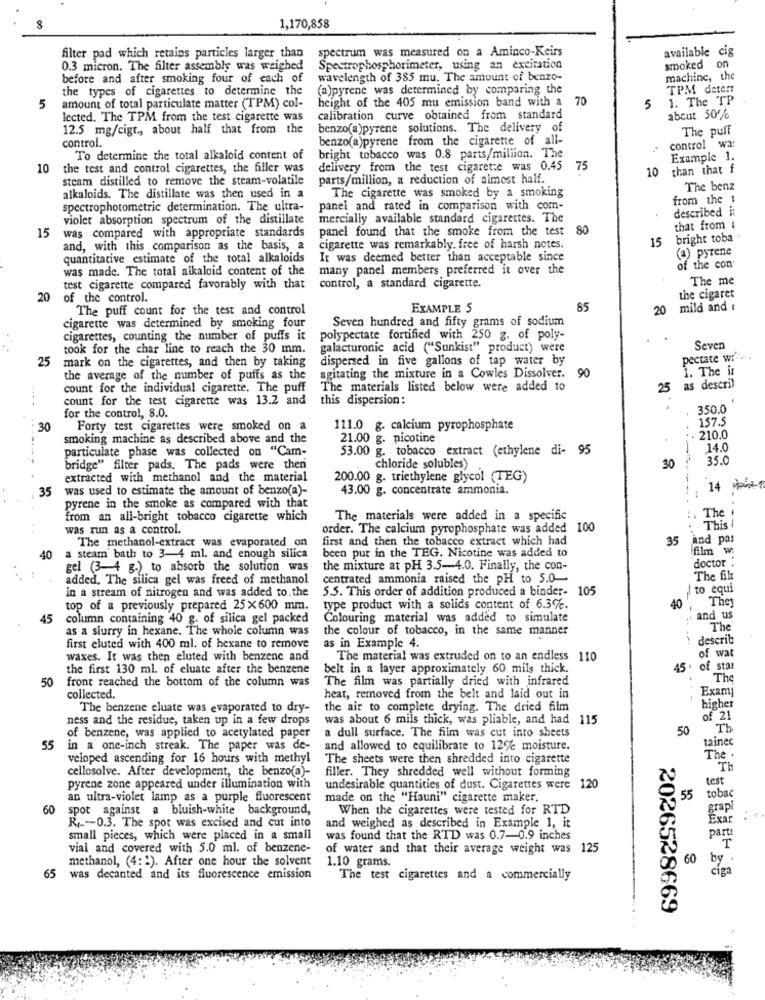
00
1,170,858
spectrum was measured on a Aminco-Keirs
available cig
filter pad which retains particles larger than
0.3 micron. The filter assembly was weighed
Spectrophosphorimeter, using an excitation
smoked
on
before and after smoking four of each of
wavelength of 385 mu. The amount of benzo-
machine, the
the types of cigarettes to determine the
(a)pyrene was determined by comparing the
TPM deter
height of the 405 mu emission band with a 70
1. The TP
5
amount of total particulate matter (TPM) col-
5
lected. The TPM from the test cigarette was
calibration curve obtained from standard
about 50%
12.5 mg/cigt ., about half that from the
benzo(a)pyrene solutions. The delivery of
The puff
control.
benzo(a)pyrene from the cigarette of all-
control wa:
To determine the total alkaloid content of
bright tobacco was 0.8 parts/million. The
Example 1.
10
the test and control cigarettes, the filler was
delivery from the test cigarette was 0.45
75
10
than that f
steam distilled to remove the steam-volatile
parts/million, a reduction of almost half.
The benz
alkaloids. The distillate was then used in a
The cigarette was smoked by a smoking
from the 1
spectrophotometric determination. The ultra-
panel and rated in comparison with com-
described in
violet absorption spectrum of the distillate
mercially available standard cigarettes. The
15
panel found that the smoke from the test
80
that from
was compared with appropriate standards
15
bright toba
and, with this comparison as the basis, a
cigarette was remarkably, free of harsh notes.
(a) pyrene
quantitative estimate of the total alkaloids
It was deemed better than acceptable since
was made. The total alkaloid content of the
many panel members preferred it over the
of the con
The me
test cigarette compared favorably with that
control, a standard cigarette.
the cigaret
20
of the control.
The puff count for the test and control
EXAMPLE 5
85
20
mild and
Seven hundred and fifty grams of sodium
cigarette was determined by smoking four
cigarettes, counting the number of puffs it
polypectate fortified with 250 g. of poly-
took for the char line to reach the 30 mm.
galacturonic acid ("Sunkist" product) were
Seven
25
mark on the cigarettes, and then by taking
dispersed in five gallons of tap water by
pectate wife
90
1. The is
the average of the number of puffs as the
agitating the mixture in a Cowles Dissolver.
count for the individual cigarette. The puff
The materials listed below were added to
25
as descril
count for the test cigarette was 13.2 and
this dispersion;
-...
350.0
for the control, 8.0.
157.5
30
Forty test cigarettes were smoked on a
111.0 g. calcium pyrophosphate
smoking machine as described above and the
21.00 g. nicotine
. 210.0
particulate phase was collected on "Cam-
53.00 g. tobacco extract (ethylene di- 95
14.0
35.0
bridge" filter pads. The pads were then
chloride solubles)
30
extracted with methanol and the material
200.00 g. triethylene glycol (TEG)
35
was used to estimate the amount of benzo(a)-
43.00 g. concentrate ammonia.
14 Mois
pyrene in the smoke as compared with that
The .
from an all-bright tobacco cigarette which
The materials were added in a specific
was run as a control.
order. The calcium pyrophosphate was added 100
This
The methanol-extract was evaporated on
first and then the tobacco extract which had
35
and pas
film w:
40
a steam bath to 3-4 ml. and enough silica
been put in the TEG. Nicotine was added to
doctor .
gel (3-4 g.) to absorb the solution was
the mixture at pH 3.5-4.0. Finally, the con-
added. The silica gel was freed of methanol
centrated ammonia raised the PH to 5.0-
The fil
in a stream of nitrogen and was added to. the
5.5. This order of addition produced a binder- 1
to equi
They
top of a previously prepared 25x600 mm.
type product with a solids content of 6.3%.
40
45
column containing 40 g. of silica gel packed
Colouring material was added to simulate
and us
as a slurry in hexane. The whole column was
the colour of tobacco, in the same manner
The
describ
first eluted with 400 ml. of hexane to remove
as in Example 4.
of wat
waxes. It was then eluted with benzene and
The material was extruded on to an endless 110
the first 130 ml. of eluate after the benzene
belt in a layer approximately 60 mils thick.
45
of star
50
front reached the bottom of the column was
The film was partially dried with infrared
The
Exam
collected.
heat, removed from the belt and laid out in
The benzene eluate was evaporated to dry-
the air to complete drying. The dried film
higher
ness and the residue, taken up in a few drops
was about 6 mils thick, was pliable, and had 115
of 21
50
Th
of benzene, was applied to acetylated paper
a dull surface. The film was cut into sheets
tainec
55
in a one-inch streak. The paper was de-
and allowed to equilibrate to 122 moisture.
veloped ascending for 16 hours with methyl
The sheets were then shredded into cigarette
The .
cellosolve. After development, the benzo(a)-
filler. They shredded well without forming
Th
test
pyrene zone appeared under illumination with
undesirable quantities of dust. Cigarettes were 120
tobac
an ultra-violet lamp as a purple fluorescent
made on the "Hauni" cigarette maker,
55
60
spot against a bluish-white background,
When the cigarettes were tested for RTD
Exam
R ,-- 0.3. The spot was excised and cut into
and weighed as described in Example 1, it
small pieces, which were placed in a small
was found that the RTD was 0.7-0.9 inches
partı
vial and covered with 5.0 ml. of benzene-
of water and that their average weight was 125
methanol, (4:1). After one hour the solvent
60
by
1.10 grams.
cíga
65
was decanted and its fluorescence emission
The test cigarettes and a commercially
2026528669